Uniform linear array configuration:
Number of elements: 12
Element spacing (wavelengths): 0.75
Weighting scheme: hamming
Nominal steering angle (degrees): -60
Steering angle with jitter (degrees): -59.799
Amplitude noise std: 0.05
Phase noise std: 0.05

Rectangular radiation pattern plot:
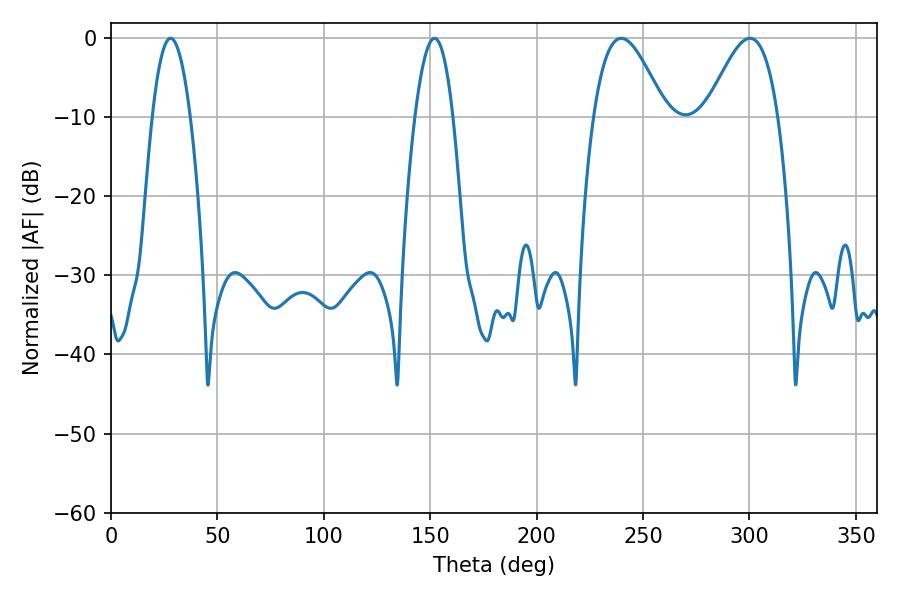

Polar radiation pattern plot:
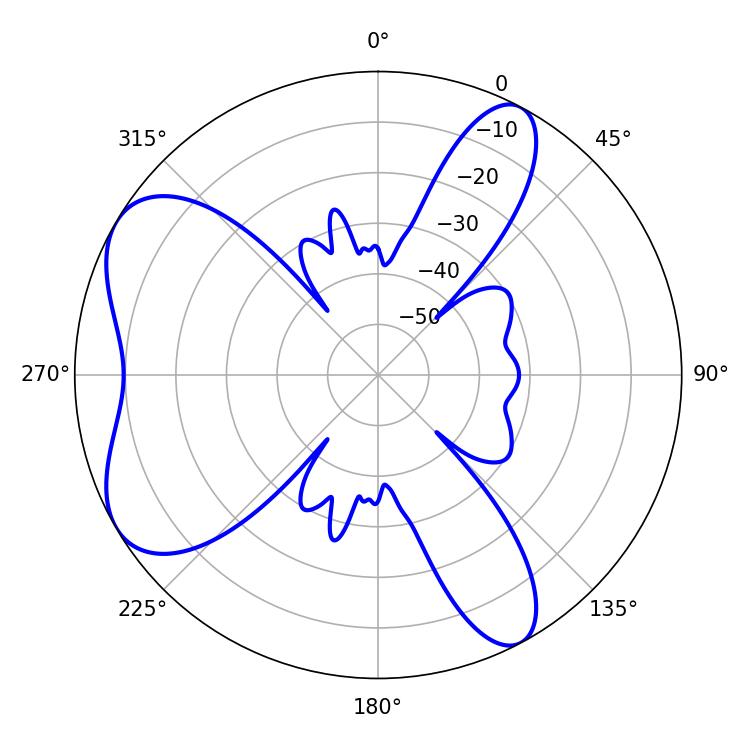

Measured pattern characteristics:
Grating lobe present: TRUE
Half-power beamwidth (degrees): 18.18
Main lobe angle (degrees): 239.76